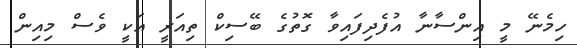
ހިމެނޭ މީ އިންސާނާ އުފެދިފައިވާ ގޮތުގެ ބޭސިކް ތިއަރީ އަކީ ވެސް މިއިން